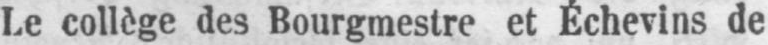
Le collège des Bourgmestre et Échevins de